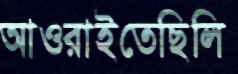
আওরাইতেছিলি